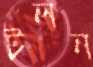
টলন